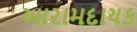
આરામદાયક